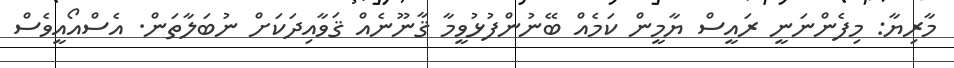
މާރިޔާ: މިފެންނަނީ ރައީސް ޔާމީން ކަމެއް ބޭނުންފުޅުވީމާ ޤާނޫނެއް ޤަވާއިދަކަށް ނުބަލާތަން. އެސްއޯއީވެސް